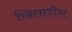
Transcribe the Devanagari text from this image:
खिलाड़ीयां